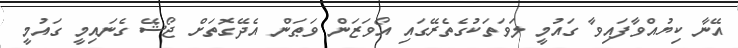
އޭނާ ކިޔުއްވާފައިވާ ގައުމީ ލަވަތަކުގެތެރޭގައި އޯވަޒަން ވަޠަން އެދޭގޮތަށް ޖޯޝޭ ގެނައިމީ ގައުމީ